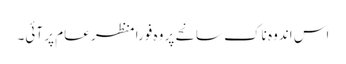
اس اندوہ ناک سانحے پر وہ فوراً منظر عام پر آئی۔